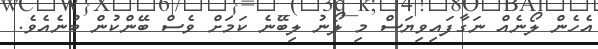
އެހެން ލޯނެއް ނަގާފައިވިޔަސް މި ލޯނު ލިބޭނެ ކަަމަށް ވެސް ބޭންކުން ބުނެއެވެ.